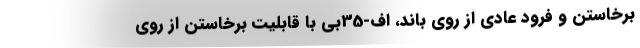
برخاستن و فرود عادی از روی باند، اف-35بی با قابلیت برخاستن از روی